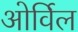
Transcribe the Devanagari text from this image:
ओर्विल